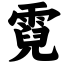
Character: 霓